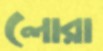
লোরা